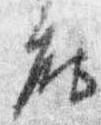
座